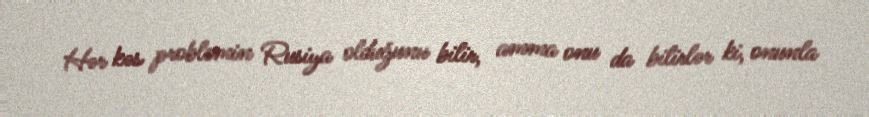
Hər kəs problemin Rusiya olduğunu bilir, amma onu da bilirlər ki, onunla